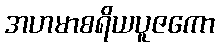
အဟမာစရိယပူဇကော